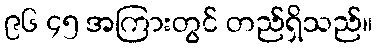
၉၆ ၄၅ အကြားတွင် တည်ရှိသည်။